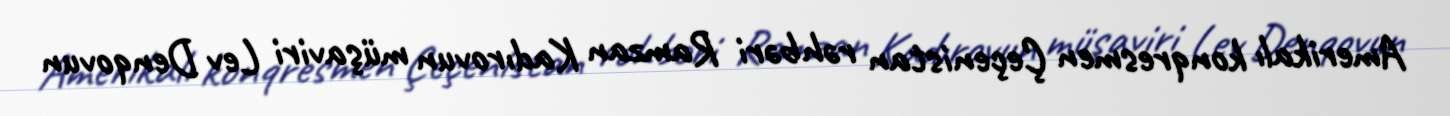
Amerikalı konqresmen Çeçenistan rəhbəri Ramzan Kadırovun müşaviri Lev Denqovun